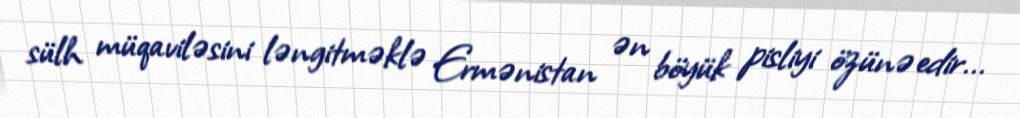
sülh müqaviləsini ləngitməklə Ermənistan ən böyük pisliyi özünə edir...